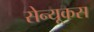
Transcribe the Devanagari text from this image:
सेन्यूकस